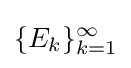
\{E_{k}\}_{k=1}^{\infty }